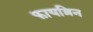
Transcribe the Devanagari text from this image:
फायब्रिन